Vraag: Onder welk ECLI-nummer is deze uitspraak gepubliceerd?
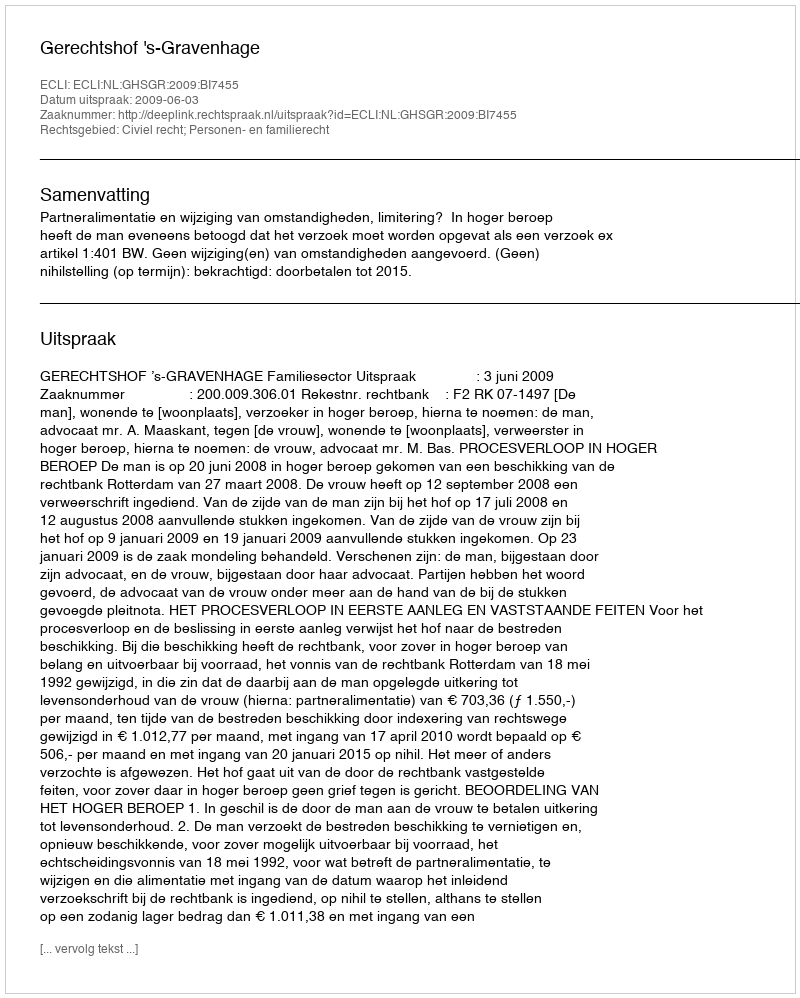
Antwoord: ECLI:NL:GHSGR:2009:BI7455